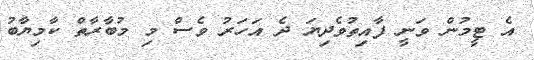
އެ ޓީމުން ވަނީ ފާއިތުވެދިޔަ ދެ އަހަރު ވެސް މި މުބާރާތް ކާމިޔާބު